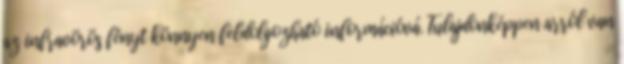
az infravörös fényt könnyen feldolgozható információvá. Tulajdonképpen arról van